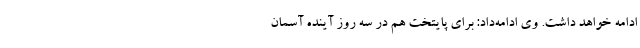
ادامه خواهد داشت. وی ادامه‌داد: برای پایتخت هم در سه روز آینده آسمان